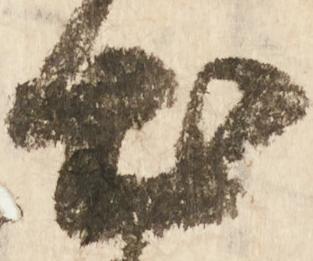
出